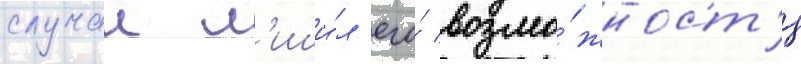
случаи л'иши́л его́ возмо́жност'и